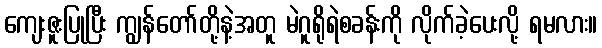
ကျေးဇူးပြုပြီး ကျွန်တော်တို့နဲ့အတူ မဲဂူရိုရဲစခန်းကို လိုက်ခဲ့ပေးလို့ ရမလား။